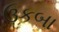
ઉકબા